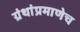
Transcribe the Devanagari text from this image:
ग्रंथांप्रमाणेच